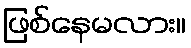
ဖြစ်နေမလား။